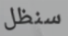
سنظل